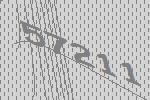
57211